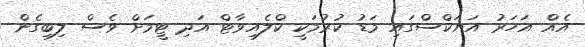
އެއް އަހަރު އަޔަކްސްގައި މަޑު ކުރުމަކީ ކްލެއިވާޓް އަދި ޓީމަށް ވެސް ލިބިގެން